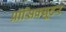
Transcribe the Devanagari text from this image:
प्रॉसिक्य़ूटर